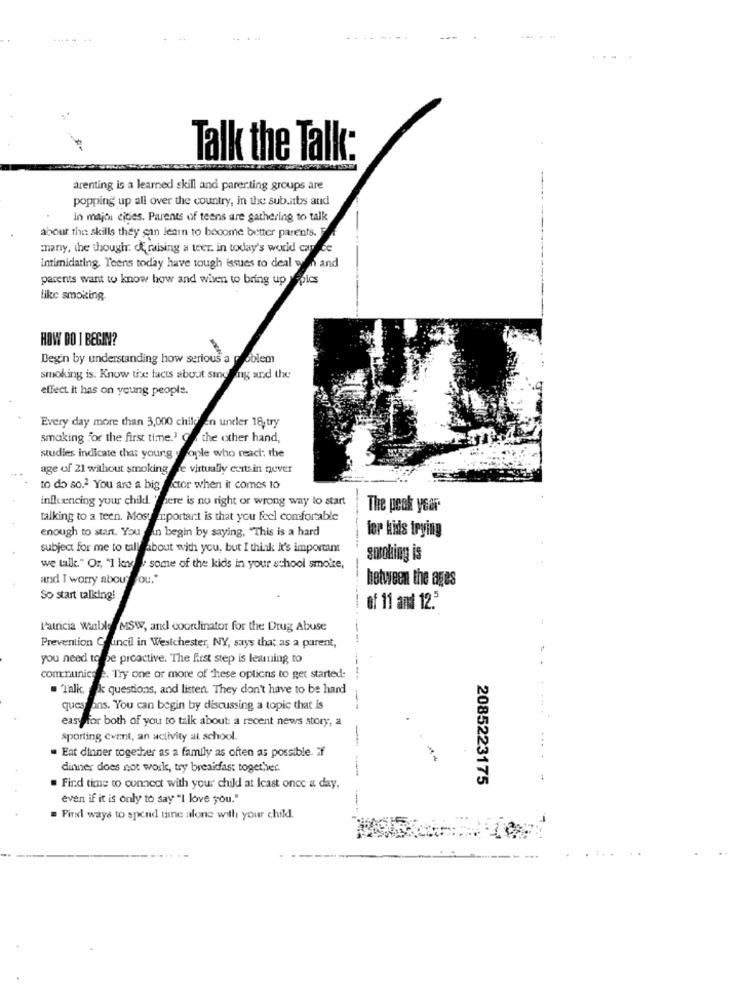
Talk the Talk:
arenting is a learned skill and parer.ting groups are
popping up all over the country, in the suburbs and
In major cities. Parents of teens are gathering to talk
about the skills they can leam to become better parents.
many, the though: df raising a ter. in today's world car ce
Intimidating. Teens today have tough issues to deal van and
parents want to know how and when to bring up topics
like smoking.
HOW DO I BEGIN?
Begin by understanding how serious a problem
smoking is. Know the facts about sinelang and the
effect. it has on young people.
Every day more than 3,000 children under 18,try
smoking for the first time.' Of the other hand,
studies indicate that young sople who reach; the
age of 21 without smoking
je virtually curtain never
to do so.2 You are a big Actor when it comes to
influencing your child. " there is no right or wrong way to start
The peak year-
talking to a teen. Most important is that you feel comfortable
enough to start. You ain begin by saying, "This is a hard
for kids trying
subject for me to tall about with you, but I think It's important
smoking is
we talk." Or, "1 kande some of the kids in your school smoke,
and I worry about ou."
between the ages
So start talking!
of 11 and 12."
Patricia Winble MSW, and coordinator for the Drug Abuse
Prevention Council in Westchester, NY, says that as a parent,
you need to be proactive. The first step is learning to
comenunics :. Try one or more of these options to get started:
. Talk, k questions, and listen. They don't have to be hard
quest ans. You can begin by discussing a topic that is
--
easyfor both of you to talk about: a recent news story, a
sporting event, an activity at school.
Eat dinner together as a family as often as possible. if
dinner does not work, try breakfast together.
- -
2085223175
. Find time to connect with your child at least once a day,
even if it is only to say "I love you."
Find ways to spend time alone with your child